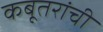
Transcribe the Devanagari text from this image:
कबूतरांची